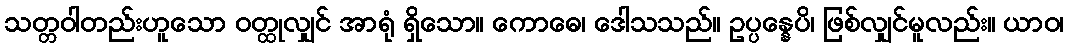
သတ္တဝါတည်းဟူသော ဝတ္ထုလျှင် အာရုံ ရှိသော။ ကောဓေ၊ ဒေါသသည်။ ဥပ္ပန္နေပိ၊ ဖြစ်လျှင်မူလည်း။ ယာဝ၊